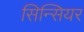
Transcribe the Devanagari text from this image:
सिन्सियर